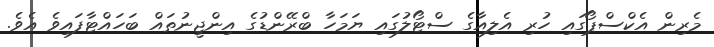
މެރިން އެކްސްޕޯގައި ހުރި އެލިއާގެ ސްޓޯލުގައި ޔަމަހާ ބްރޭންޑުގެ އިންޖީނުތައް ބަހައްޓާފައިވެ އެވެ.